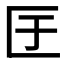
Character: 𭅕